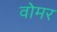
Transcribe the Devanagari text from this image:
वोमर